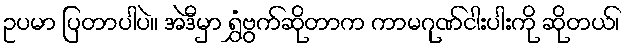
ဥပမာ ပြတာပါပဲ။ အဲဒီမှာ ရွှံဗွက်ဆိုတာက ကာမဂုဏ်ငါးပါးကို ဆိုတယ်၊